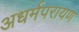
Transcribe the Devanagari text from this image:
अधर्मपरायण